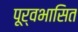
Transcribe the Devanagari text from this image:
पूर्वभासित